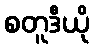
စတူဒီယို